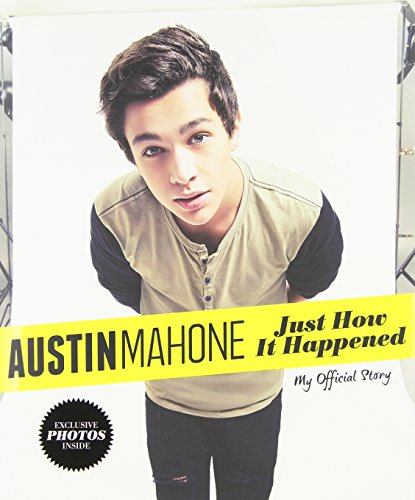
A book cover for Austin Mahone: Just How It Happened: My Official Story; Austin Mahone; Children's Books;